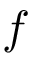
f